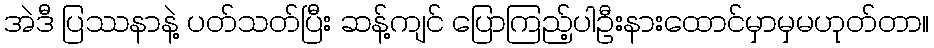
အဲဒီ ပြဿနာနဲ့ ပတ်သတ်ပြီး ဆန့်ကျင် ပြောကြည့်ပါဦးနားထောင်မှာမှမဟုတ်တာ။